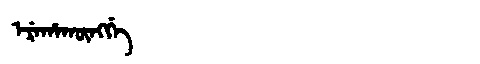
Manchu: ᡝᡵᡝᡥᠠᡴᡡᠩᡤᡝ
Romanization: EREHAKŪNGGE